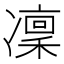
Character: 凜